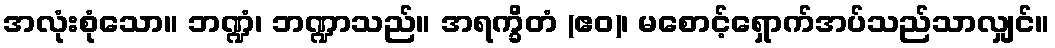
အလုံးစုံသော။ ဘဏ္ဍံ၊ ဘဏ္ဍာသည်။ အရက္ခိတံ (ဧဝ)၊ မစောင့်ရှောက်အပ်သည်သာလျှင်။